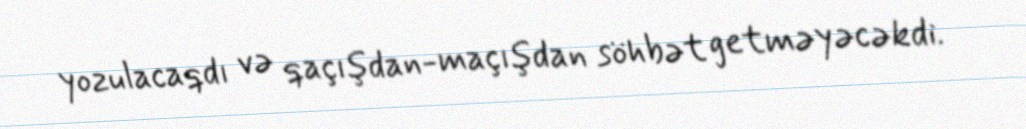
yozulacaqdı və qaçışdan-maçışdan söhbət getməyəcəkdi.